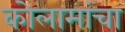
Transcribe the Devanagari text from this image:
कोलामांचा